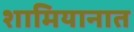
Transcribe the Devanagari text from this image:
शामियानात